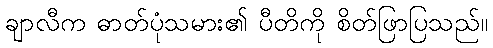
ချာလီက ဓာတ်ပုံသမား၏ ပီတိကို စိတ်ဖြာပြသည်။